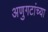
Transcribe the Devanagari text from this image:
अणुगटांच्या